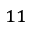
_ { 1 1 }